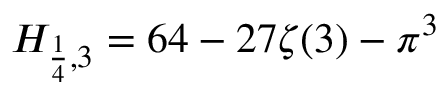
H _ { { \frac { 1 } { 4 } } , 3 } = 6 4 - 2 7 \zeta ( 3 ) - \pi ^ { 3 }